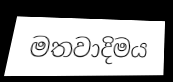
මතවාදිමය